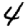
Digit: 4